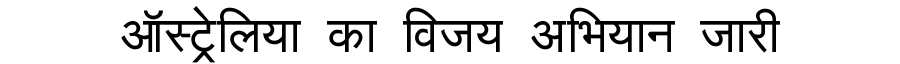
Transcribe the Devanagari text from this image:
ऑस्ट्रेलिया का विजय अभियान जारी